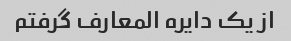
از یک دایره المعارف گرفتم